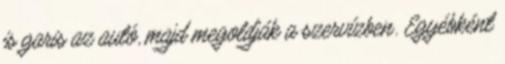
is garis az autó, majd megoldják a szervízben. Egyébként